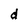
Character: d